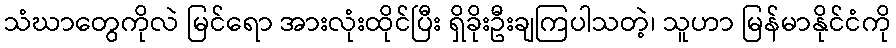
သံဃာတွေကိုလဲ မြင်ရော အားလုံးထိုင်ပြီး ရှိခိုးဦးချကြပါသတဲ့၊ သူဟာ မြန်မာနိုင်ငံကို